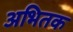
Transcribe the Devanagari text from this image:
अभितक